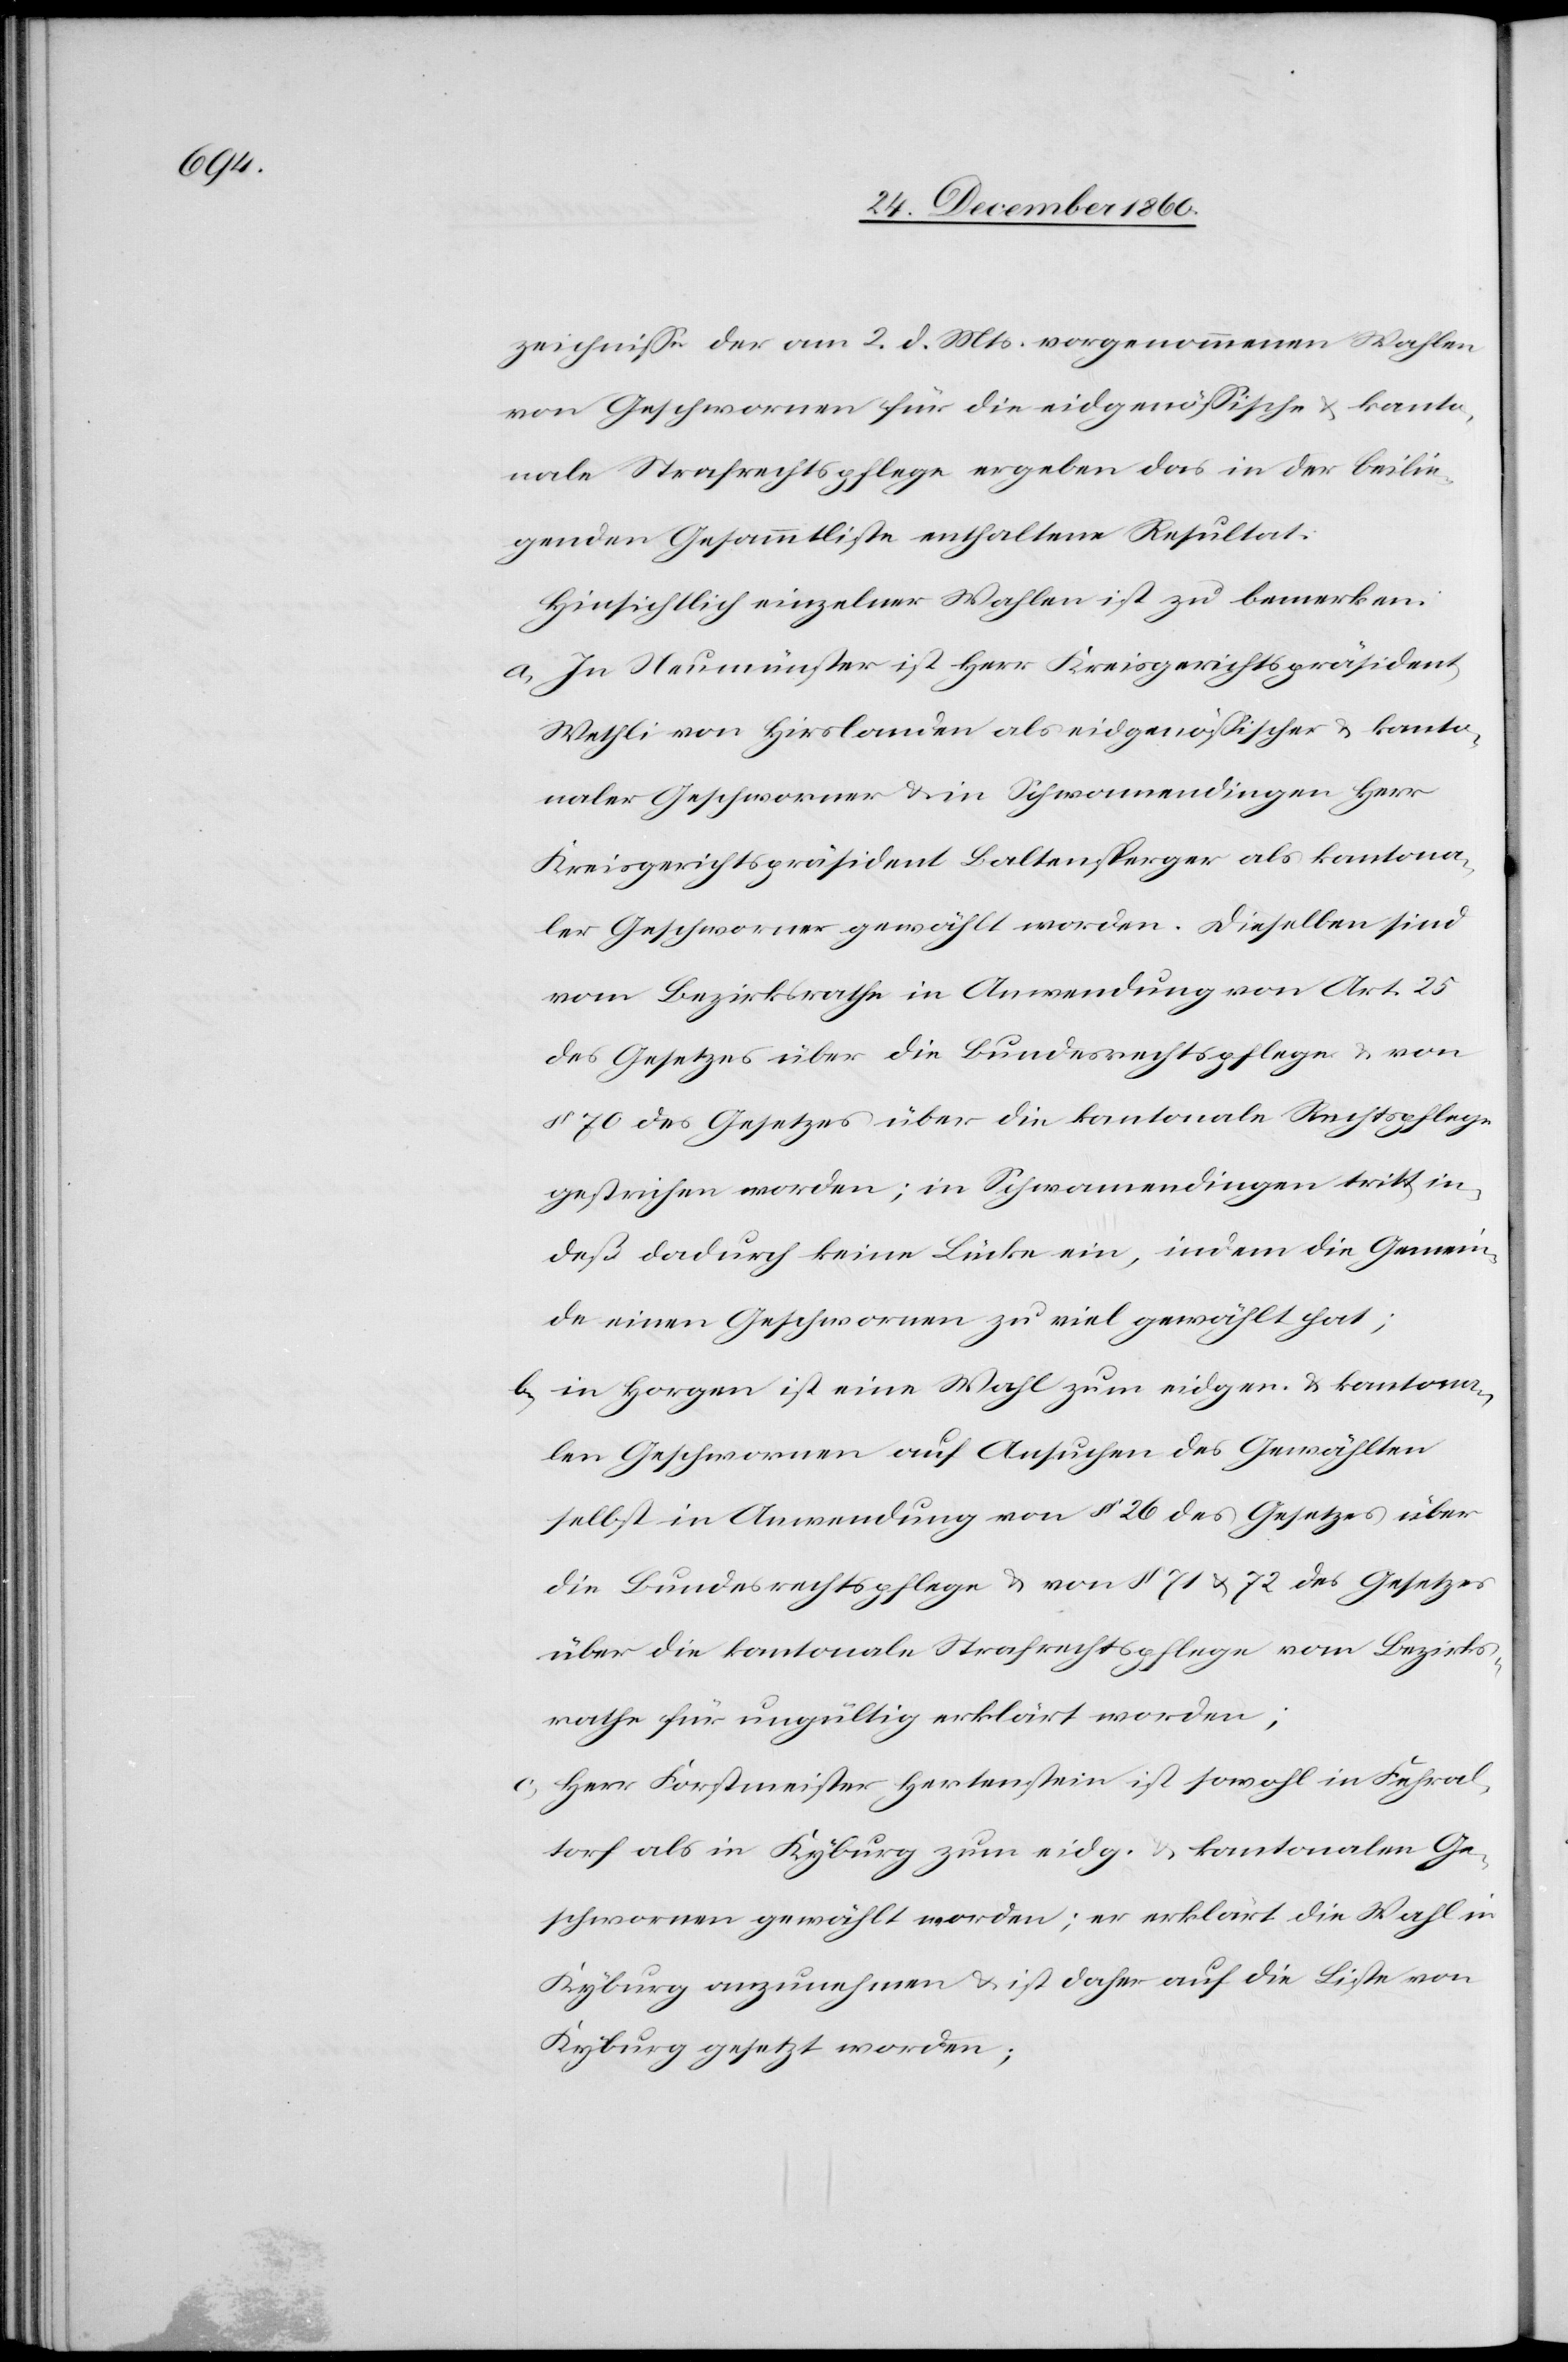
zeichnisse der am 2. d. Mts. vorgenommenen Wahlen
von Geschwornen für die eidgenössische u. kanto¬
nale Strafrechtspflege ergeben das in der beilie¬
genden Gesammtliste enthaltene Resultat.
Hinsichtlich einzelner Wahlen ist zu bemerken:
a) In Neumünster ist Herr Kreisgerichtspräsident
Wethli von Hirslanden als eidgenössischer u. kanto¬
naler Geschworner u. in Schwamendingen Herr
Kreisgerichtspräsident Baltensperger als kantona¬
ler Geschworner gewählt worden. Dieselben sind
vom Bezirksrathe in Anwendung von Art. 25
des Gesetzes über die Bundesrechtspflege u. von
§ 70 des Gesetzes über die kantonale Rechtspflege
gestrichen worden; in Schwamendingen tritt in¬
deß dadurch keine Lücke ein, indem die Gemein¬
de einen Geschwornen zu viel gewählt hat;
b) in Horgen ist eine Wahl zum eidgen. u. kantona¬
len Geschwornen auf Ansuchen des Gewählten
selbst in Anwendung von § 26 des Gesetzes üb¬
er die kantonale Strafrechtspflege vom Bezirks¬
rathe für ungültig erklärt worden;
c) Herr Forstmeister Hertenstein ist sowohl in Fehral¬
torf als in Kyburg zum eidg. u. kantonalen Ge¬
schwornen gewählt worden; er erklärt die Wahl in
Kyburg anzunehmen u. ist daher auf die Liste von
Kyburg gesetzt worden;